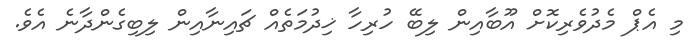
މި އެޕް މެދުވެރިކޮށް އޫބާއިން ލިބޭ ހުރިހާ ޚިދުމަތެއް ޗައިނާއިން ލިބިގެންދާނެ އެވެ.